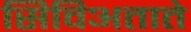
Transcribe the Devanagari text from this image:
सिविअताते